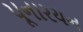
પૂનારયન